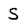
Character: S